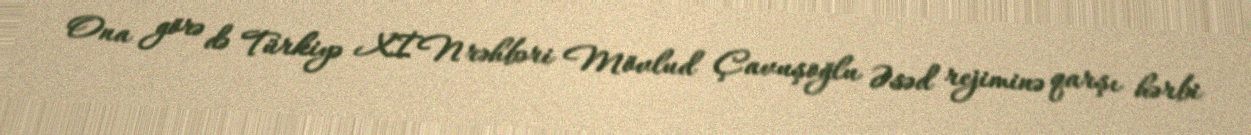
Ona görə də Türkiyə XİN rəhbəri Mövlud Çavuşoğlu Əsəd rejiminə qarşı hərbi